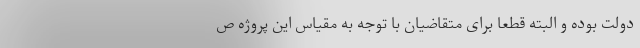
دولت بوده و البته قطعا برای متقاضیان با توجه به مقیاس این پروژه ص